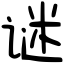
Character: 谜